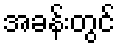
အခန်းတွင်